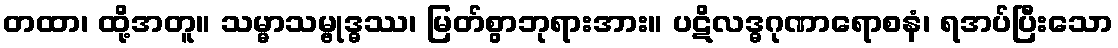
တထာ၊ ထို့အတူ။ သမ္မာသမ္ဗုဒ္ဓဿ၊ မြတ်စွာဘုရားအား။ ပဋိလဒ္ဓဂုဏာရောစနံ၊ ရအပ်ပြီးသော